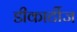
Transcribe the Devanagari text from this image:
डीकार्टीज